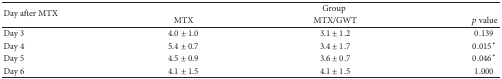
<table><thead><tr><td rowspan="2"><b>Day after MTX</b></td><td colspan="3"><b>Group</b></td></tr><tr><td><b>MTX</b></td><td><b>MTX/GWT</b></td><td><b><i>p</i> value</b></td></tr></thead><tbody><tr><td>Day 3</td><td>4.0 ± 1.0</td><td>3.1 ± 1.2</td><td>0.139</td></tr><tr><td>Day 4</td><td>5.4 ± 0.7</td><td>3.4 ± 1.7</td><td>0.015<sup><i>∗</i></sup></td></tr><tr><td>Day 5</td><td>4.5 ± 0.9</td><td>3.6 ± 0.7</td><td>0.046<sup><i>∗</i></sup></td></tr><tr><td>Day 6</td><td>4.1 ± 1.5</td><td>4.1 ± 1.5</td><td>1.000</td></tr></tbody></table>